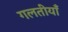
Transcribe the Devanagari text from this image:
गलतीयाँ